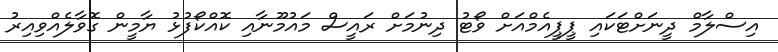
އިސްލާމް ދީނަށްޓަކައި ޕީޕީއެމްއަށް ވޯޓު ދިނުމަށް ރައީސް މައުމޫނާއި ކޮއްކޯފުޅު ޔާމީން ގޮވާލެއްވިއިރު